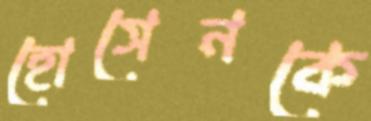
হোসেনকে